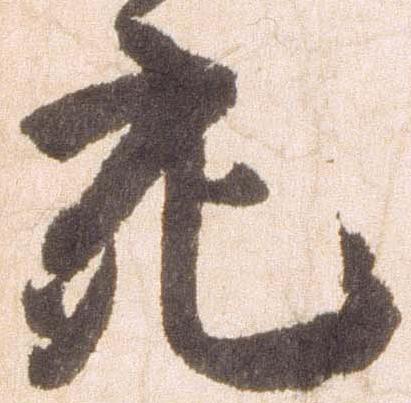
充